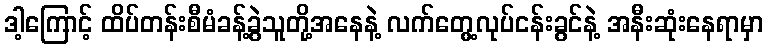
ဒါ့ကြောင့် ထိပ်တန်းစီမံခန့်ခွဲသူတို့အနေနဲ့ လက်တွေ့လုပ်ငန်းခွင်နဲ့ အနီးဆုံးနေရာမှာ